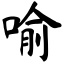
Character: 喻